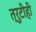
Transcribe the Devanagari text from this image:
त्रुटीही